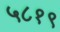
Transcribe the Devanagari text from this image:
५८१९